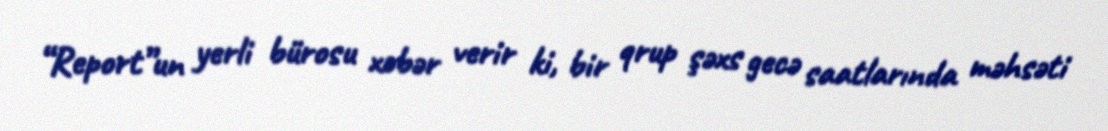
“Report”un yerli bürosu xəbər verir ki, bir qrup şəxs gecə saatlarında məhsəti